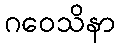
ဂဝေသိနာ